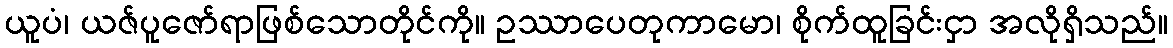
ယူပံ၊ ယဇ်ပူဇော်ရာဖြစ်သောတိုင်ကို။ ဥဿာပေတုကာမော၊ စိုက်ထူခြင်းငှာ အလိုရှိသည်။